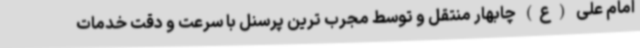
امام علی (ع) چابهار منتقل و توسط مجرب ترین پرسنل با سرعت و دقت خدمات